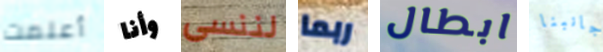
أعلمت وأنا لننسى ربما ابطال جانبنا